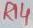
Text: R14